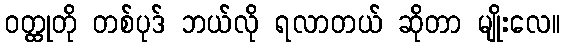
ဝတ္ထုတို တစ်ပုဒ် ဘယ်လို ရလာတယ် ဆိုတာ မျိုးလေ။